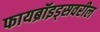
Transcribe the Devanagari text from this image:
फायब्रॉइड्‌सवरील